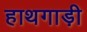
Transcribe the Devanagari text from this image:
हाथगाड़ी